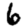
Digit: 6